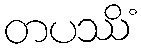
တပဿိံ